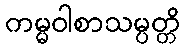
ကမ္မဝါစာသမ္ပတ္တိ